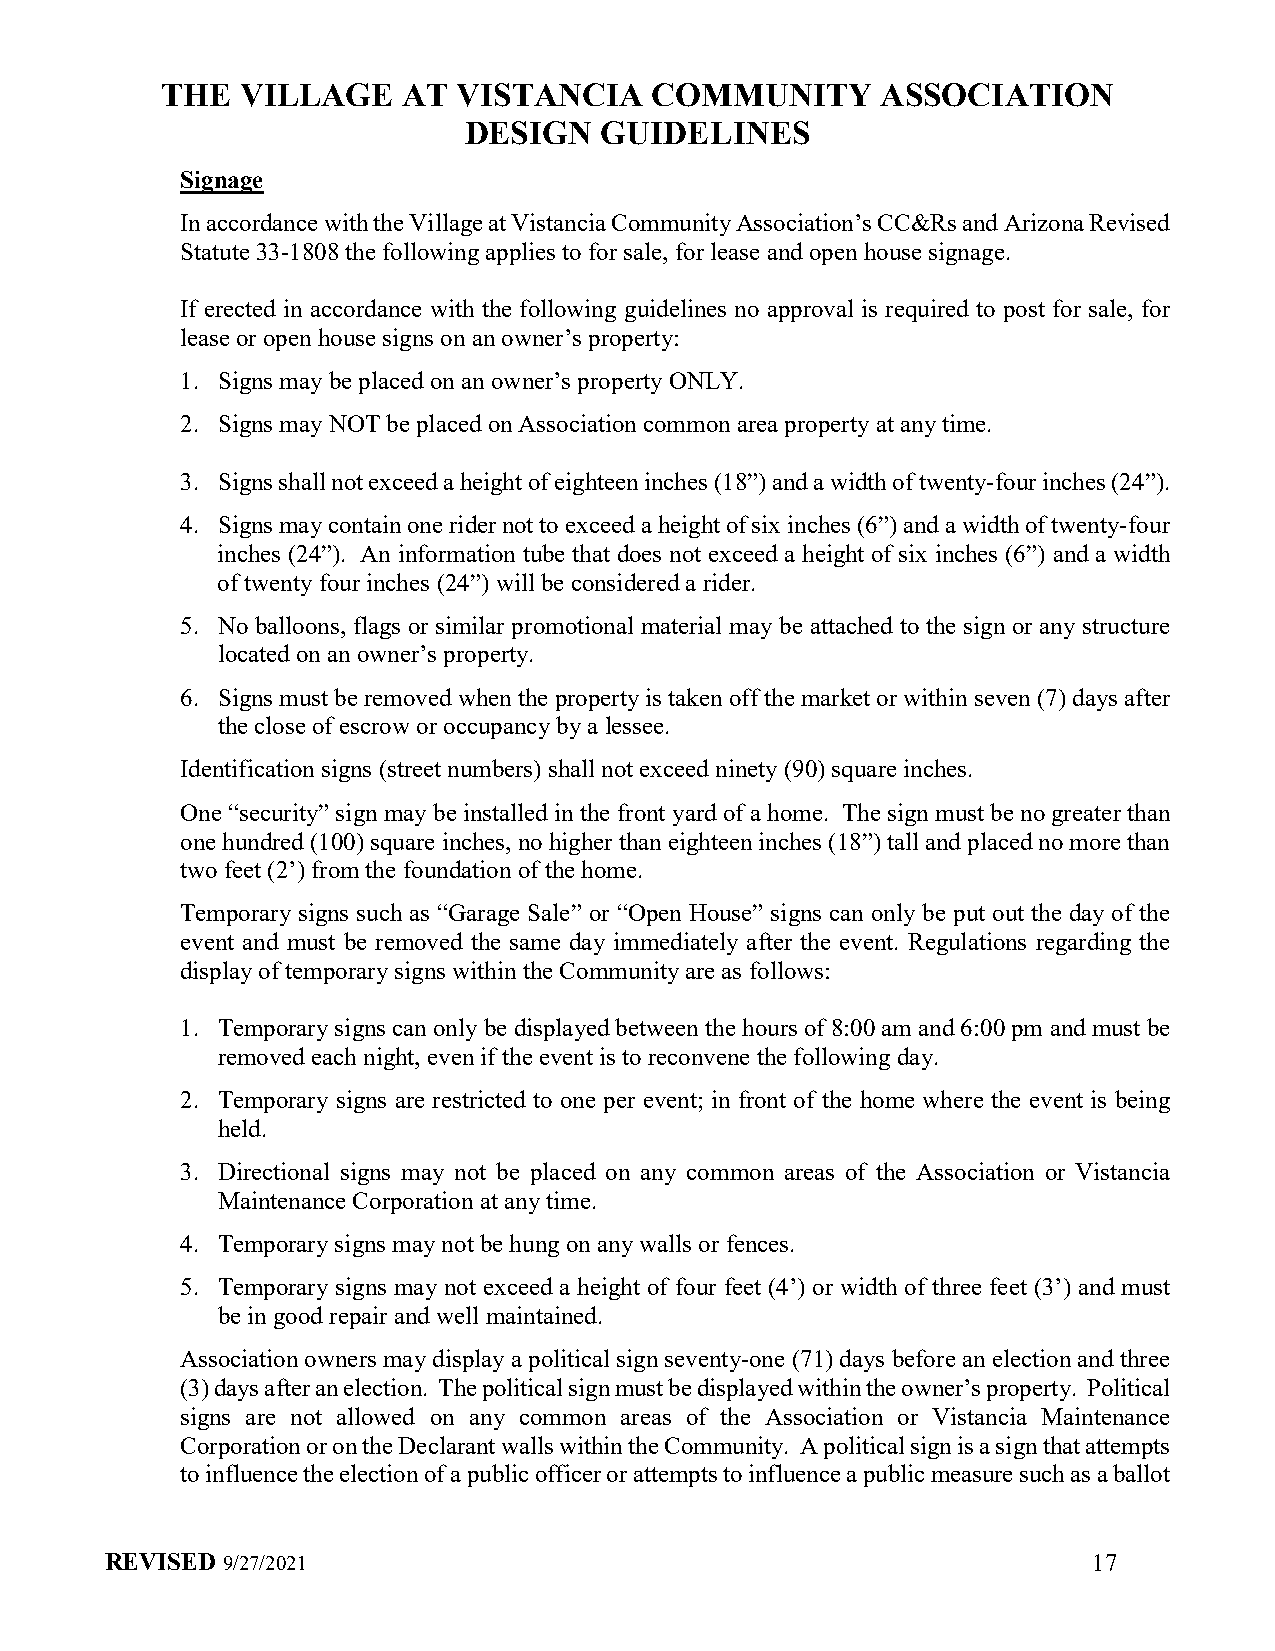
THE  VILLAGE    AT VISTANCIA    COMMUNITY      ASSOCIATION
 DESIGN   GUIDELINES
 Signage
 In accordance with the Village at Vistancia Community Association’s CC&Rs and Arizona Revised
 Statute 33-1808 the following applies to for sale, for lease and open house signage.
 If erected in accordance with the following guidelines no approval is required to post for sale, for
 lease or open house signs on an owner’s property:
 1. Signs may be placed on an owner’s property ONLY.
 2. Signs may NOT be placed on Association common area property at any time.
 3. Signs shall not exceed a height of eighteen inches (18”) and a width of twenty-four inches (24”).
 4. Signs may contain one rider not to exceed a height of six inches (6”) and a width of twenty-four
 inches (24”). An information tube that does not exceed a height of six inches (6”) and a width
 of twenty four inches (24”) will be considered a rider.
 5. No balloons, flags or similar promotional material may be attached to the sign or any structure
 located on an owner’s property.
 6. Signs must be removed when the property is taken off the market or within seven (7) days after
 the close of escrow or occupancy by a lessee.
 Identification signs (street numbers) shall not exceed ninety (90) square inches.
 One “security” sign may be installed in the front yard of a home. The sign must be no greater than
 one hundred (100) square inches, no higher than eighteen inches (18”) tall and placed no more than
 two feet (2’) from the foundation of the home.
 Temporary signs such as “Garage Sale” or “Open House” signs can only be put out the day of the
 event and must be removed the same day immediately after the event. Regulations regarding the
 display of temporary signs within the Community are as follows:
 1. Temporary signs can only be displayed between the hours of 8:00 am and 6:00 pm and must be
 removed each night, even if the event is to reconvene the following day.
 2. Temporary signs are restricted to one per event; in front of the home where the event is being
 held.
 3. Directional signs may not be placed on any common areas of the Association or Vistancia
 Maintenance Corporation at any time.
 4. Temporary signs may not be hung on any walls or fences.
 5. Temporary signs may not exceed a height of four feet (4’) or width of three feet (3’) and must
 be in good repair and well maintained.
 Association owners may display a political sign seventy-one (71) days before an election and three
 (3) days after an election. The political sign must be displayed within the owner’s property. Political
 signs are not allowed on any common areas of the Association or Vistancia Maintenance
 Corporation or on the Declarant walls within the Community. A political sign is a sign that attempts
 to influence the election of a public officer or attempts to influence a public measure such as a ballot
 REVISED 9/27/2021                                                17